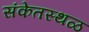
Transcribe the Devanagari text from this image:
संकेतस्‍थळ